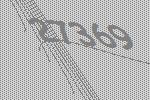
27369